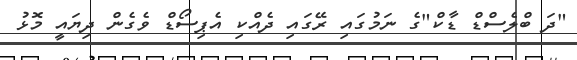
"ދަ ބްލެސްޑް ޑާކް"ގެ ނަމުގައި ރޭގައި ދެއްކި އެޕިސޯޑް ވެގެން ދިޔައީ މޮޅު